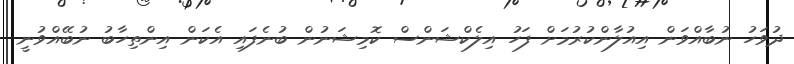
ދުވަހު ނުބާއްވަން އިއުލާންކުރުމަށް ފަހު އިލެކްޝަންސް ކޮމިޝަނުން ބުނެފައި އެކަން އިންތިހާބު ނުބޭއްވުނީ